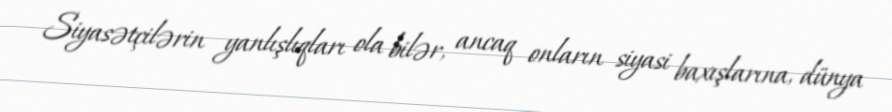
Siyasətçilərin yanlışlıqları ola bilər, ancaq onların siyasi baxışlarına, dünya